Report of the Indian Hemp Drugs Commission, 1894-1895 - Volume VII
Year: 1894
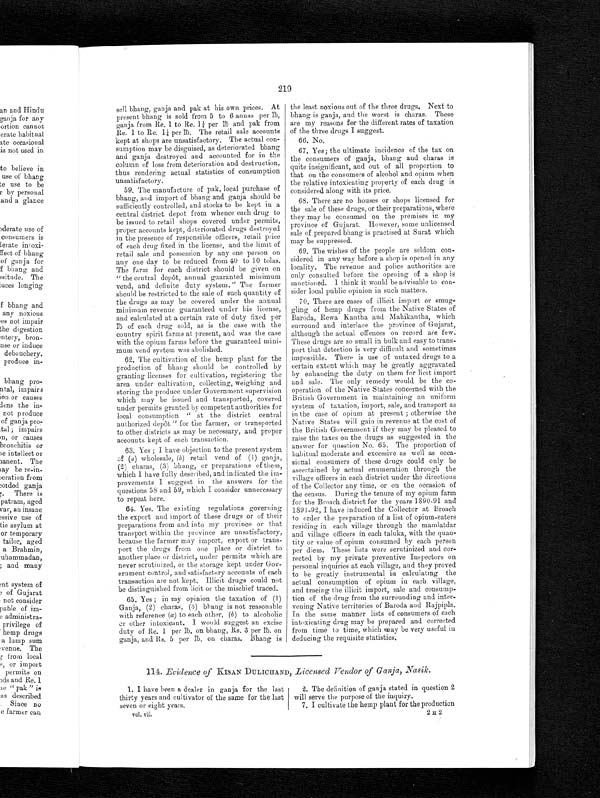
219
sell bhang, ganja and pak at his own prices. At
present bhang is sold from 5 to 6 annas per lb,
ganja from Re. 1 to Re. 1¼ p e r l b a n d p a k f r o m
Re. 1t o R e . 1 ¼ p e r l b . T h e r e t a i l s a l e a c c o u n t s
kept at shops are unsatisfactory. The actual con-
sumption may be disguised, as deteriorated bhang
and ganja destroyed and accounted for in the
column of loss from deterioration and destruction,
thus rendering actual statistics of consumption
unsatisfactory.
59. The manufacture of pak, local purchase of
bhang, and import of bhang and ganja should be
sufficiently controlled, and stocks to be kept in a
central district depot from whence each drug to
be issued to retail shops covered under permits,
proper accounts kept, deteriorated drugs destroyed
in the presence of responsible officers, retail price
of each drug fixed in the license, and the limit of
retail sale and possession by any one person on
any one day to be reduced from 40 to 10 tolas.
The farm for each district should be given on
" the central depôt, annual guaranted minimum
vend, and definite duty system." The farmer
should be restricted to the sale of such quantity of
the drugs as may be covered under the annual
minimum revenue guaranteed under his license,
and calculated at a certain rate of duty fixed per
lb of each drug sold, as is the case with the
country spirit farms at present, and was the case
with the opium farms before the guaranteed mini-
mum vend system was abolished.
62. The cultivation of the hemp plant for the
production of bhang should be controlled by
granting licenses for cultivation, registering the
area under cultivation, collecting, weighing and
storing the produce under Government supervision
which may be issued and transported, covered
under permits granted by competent authorities for
local consumption "at the district central
authorized depot" for the farmer, or transported
to other districts as may be necessary, and proper
accounts kept of each transaction.
63. Yes ; I have objection to the present system
of ( a ) wholesale, ( b ) retail vend of ( 1) ganja,
(2) charas, (3) bhang, or preparations of them,
which I have fully described, and indicated the im-
provements I suggest in the answers for the
questions 58 and 59, which I consider unnecessary
to repeat here.
6 4 . Y e s . T h e e x i s t i n g r e g u l a t i o n s g o v e r n i n g
the export and import of these drugs or of their
preparations from and into my province or that
transport within the province are unsatisfactory,
because the farmer may import, export or trans-
port the drugs from one place or district to
another place or district, under permits which are
never scrutinized, or the storage kept under Gov-
ernment control, and satisfactory accounts of each
transaction are not kept. Illicit drugs could not
he distinguished from licit or the mischief traced.
65. Yes ; in my opinion the taxation of (1)
Ganja, (2) charas, (3) bhang is not reasonable
with reference (a) to each other, (b ) to alcoholic
or other intoxicant. I would suggest an excise
d u t y o f R e . 1 p e r l b . b h a n g , R s . 3 p e r l b . o n g a n j a , a n d R s . 5 p e r l b , o n c h a r a s , B h a n g i s
the least noxious out of the three drugs. Next to
bhang is ganja, and the worst is charas. These
are my reasons for the different rates of taxation
of the three drugs I suggest.
66. No.
67. Yes; the ultimate incidence of the tax on
the consumers of ganja, bhang and charas is
quite insignificant, and out of all proportion to
that on the consumers of alcohol and opium when
the relative intoxicating property of each drug is
considered along with its price.
68. There are no houses or shops licensed for
the sale of these drugs, or their preparations, where
they may be consumed on the premises in my
province of Gujarat. However, some unlicensed
sale of prepared bhang is practised at Surat which
may be suppressed.
69.
The wishes of the people are seldom con-
sidered in any way before a shop is opened in any
locality. The revenue and police authorities are
only consulted before the opening of a shop is
sanctioned. I think it would be advisable to con-
sider local public opinion in such matters.
70. There are cases of illicit import or smug-
gling of hemp drugs from the Native States of
Baroda, Rewa Kantha and Mahikantha, which
surround and interlace the province of Gujarat,
although the actual offences on record are few.
These drugs are so small in bulk and easy to trans-
port that detection is very difficult and sometimes
impossible. There is use of untaxed drugs to a
certain extent which may be greatly aggravated
by enhancing the duty on them for licit import
and sale. The only remedy would be the co-
operation of the Native States concerned with the
British Government in maintaining an uniform
system of taxation, import, sale, and transport as
in the case of opium at present ; otherwise the
Native States will gain in revenue at the cost of
the British Government if they may be pleased to
raise the taxes on the drugs as suggested in the
answer for question No. 65. The proportion of
habitual moderate and excessive as well as occa-
sional consumers of these drugs could. only be
ascertained by actual enumeration through the
village officers in each district under the directions
of the Collector any time, or on the occasion of
the census. During the tenure of my opium farm
for the Broach district for the years 1890-91 and
1891-92, I have
i n d u c e d t h e C o l l e c t o r a t B r o a c h t o o r d e r t h e p r e p a r a t i o n o f a l i s t o f o p i u m - e a t e r s
residing in each village through the mamlatdar
and village officers in each taluka, with the quan-
tity or value of opium consumed by each person
per diem. These lists were scrutinized and cor-
rected by my private preventive Inspectors on
personal inquiries at each village, and they proved
to be greatly instrumental in calculating the
actual consumption of opium in each village,
and tracing the illicit import, sale and consump-
tion of the drug from the surrounding and inter-
vening Native territories of Baroda and Rajpipla.
In the same manner lists of consumers of each
intoxicating drug may be prepared and corrected
from time to time, which may be very useful in
deducing the requisite statistics.
114. Evidence of KISAN DULICHAND, Licensed Vendor of Ganja, Nasik .
1. I have been a dealer in ganja for the last
thirty years and cultivator of the same for the last
seven or eight years.
vol. vii.
2. The definition of ganja stated in question 2
will serve the purpose of the inquiry.
7. I cultivate the hemp plant for the production
2 H 2